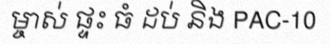
ម្ចាស់ ផ្ទះ ធំ ដប់ និង PAC-10